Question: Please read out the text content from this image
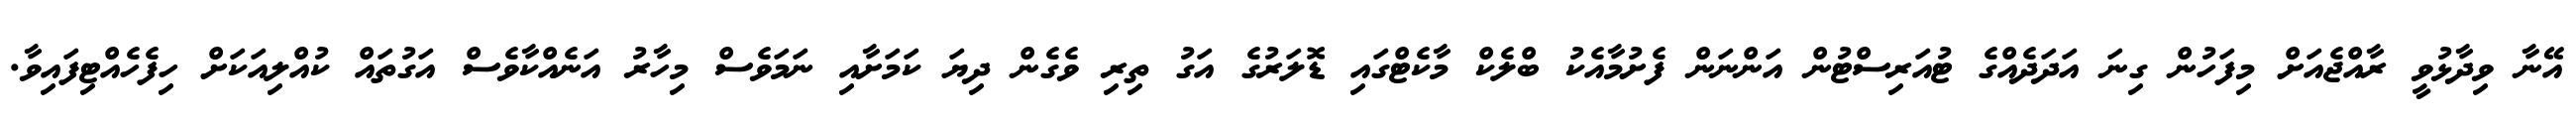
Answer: އޭނާ ވިދާޅުވީ ރާއްޖެއަށް މިފަހުން ގިނަ އަދަދެއްގެ ޓުއަރިސްޓުން އަންނަން ފެށުމާއެކު ބްލެކް މާކެޓްގައި ޑޮލަރުގެ އަގު ތިރި ވެގެން ދިޔަ ކަމަށާއި ނަމަވެސް މިހާރު އަނެއްކާވެސް އަގުތައް ކުއްލިއަކަށް ހިފެހެއްޓިފައިވާ.